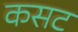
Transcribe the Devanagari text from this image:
कसट